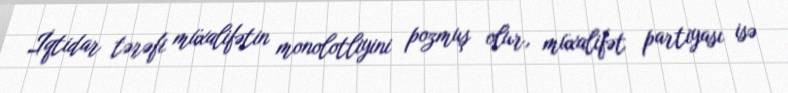
İqtidar tərəfi müxalifətin monolotliyini pozmuş olur, müxalifət partiyası isə